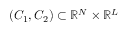
( C _ { 1 } , C _ { 2 } ) \subset \mathbb { R } ^ { N } \times \mathbb { R } ^ { L }